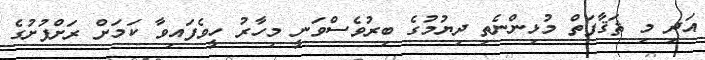
އަދި މި ޘަޤާފަތް މުޅިންނެތި ދިޔުމުގެ ބިރުވެސްވަނީ މިހާރު ހީވެފައިވާ ކަމަށް ރަށްފުށުގެ